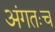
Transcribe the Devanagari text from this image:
अंगतःच